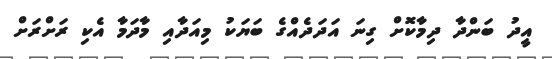
އީދު ބަންދާ ދިމާކޮށް ގިނަ އަދަދެއްގެ ބަޔަކު މިއަދާއި މާދަމާ އެކި ރަށްރަށް